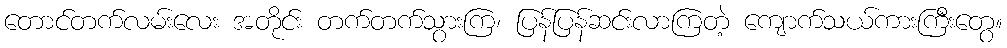
တောင်တက်လမ်းလေး အတိုင်း တက်တက်သွားကြ၊ ပြန်ပြန်ဆင်းလာကြတဲ့ ကျောက်သယ်ကားကြီးတွေ။